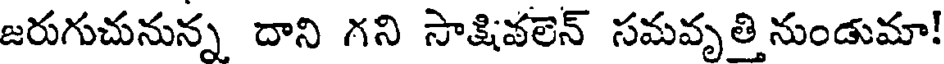
జరుగుచునున్న దాని గని సాక్షివలెన్ సమవృతి నుండుమా!